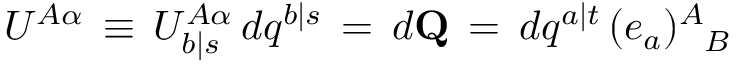
{ \cal U } ^ { A \alpha } \, \equiv \, { \cal U } _ { b \vert s } ^ { A \alpha } \, d q ^ { b \vert s } \, = \, d { \bf Q } \, = \, d q ^ { a \vert t } \, ( e _ { a } ) _ { \phantom { A } B } ^ { A }